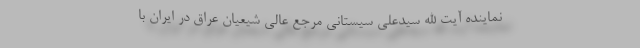
نماینده آیت الله سیدعلی سیستانی مرجع عالی شیعیان عراق در ایران با